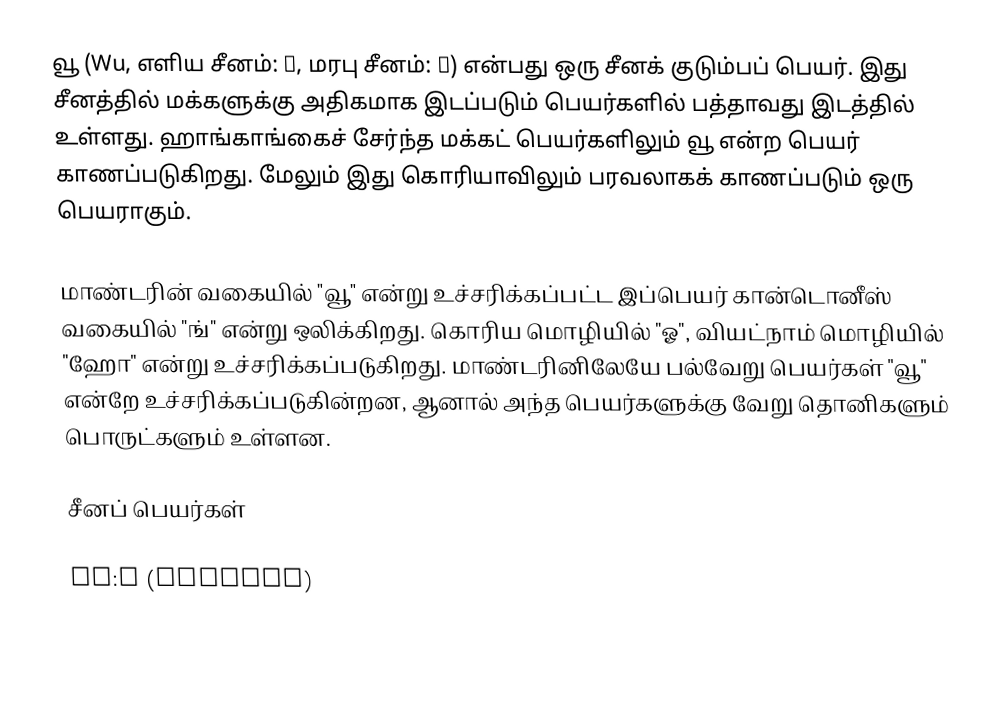
வூ (Wu, எளிய சீனம்: 吴, மரபு சீனம்: 吳) என்பது ஒரு சீனக் குடும்பப் பெயர். இது சீனத்தில் மக்களுக்கு அதிகமாக இடப்படும் பெயர்களில் பத்தாவது இடத்தில் உள்ளது. ஹாங்காங்கைச் சேர்ந்த மக்கட் பெயர்களிலும் வூ என்ற பெயர் காணப்படுகிறது. மேலும் இது கொரியாவிலும் பரவலாகக் காணப்படும் ஒரு பெயராகும்.

மாண்டரின் வகையில் "வூ" என்று உச்சரிக்கப்பட்ட இப்பெயர் கான்டொனீஸ் வகையில் "ங்" என்று ஒலிக்கிறது. கொரிய மொழியில் "ஓ", வியட்நாம் மொழியில் "ஹோ" என்று உச்சரிக்கப்படுகிறது. மாண்டரினிலேயே பல்வேறு பெயர்கள் "வூ" என்றே உச்சரிக்கப்படுகின்றன, ஆனால் அந்த பெயர்களுக்கு வேறு தொனிகளும் பொருட்களும் உள்ளன.

சீனப் பெயர்கள்

ru:У (фамилия)
vi:Vũ (họ)